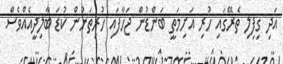
އަދި ގިފިލި ތެރޭގައި ހުރި އަށިމަތީ ބަންޑުން ޖަހާފައި ހުރިތަނުން ކުޑަ ބާލިދީއެއްވެސް